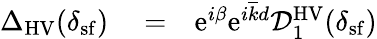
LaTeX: \begin{array}{rlr}{{\Delta}_{\mathrm{HV}}(\delta_{\mathrm{sf}})}&{{}=}&{\mathrm{e}^{i\beta}\mathrm{e}^{i\overline{{k}}d}\mathcal{D}_{1}^{\mathrm{HV}}(\delta_{\mathrm{sf}})}\end{array}